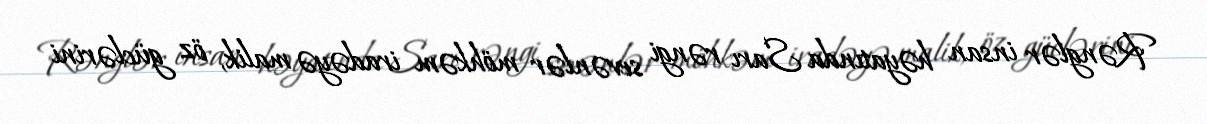
Rənglər insan həyatında Sarı rəngi sevənlər möhkəm iradəyə malik, öz güclərini